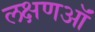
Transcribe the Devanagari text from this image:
लक्षणऑं